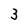
Character: 3